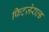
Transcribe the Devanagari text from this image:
फिटज़ेराल्ड